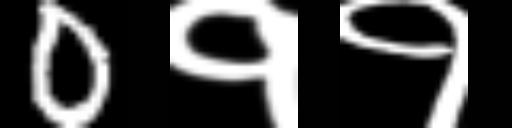
Text: 0११